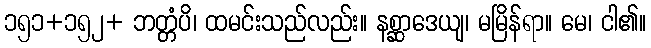
၁၅၁+၁၅၂+ ဘတ္တံပိ၊ ထမင်းသည်လည်း။ နစ္ဆာဒေယျ၊ မမြိန်ရာ။ မေ၊ ငါ၏။